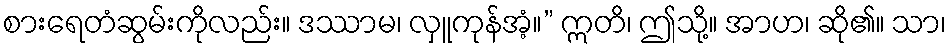
စားရေတံဆွမ်းကိုလည်း။ ဒဿာမ၊ လှူကုန်အံ့။” ဣတိ၊ ဤသို့။ အာဟ၊ ဆို၏။ သာ၊